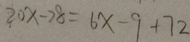
2 0 x - 7 8 = 6 x - 9 + 7 2